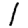
Digit: 1